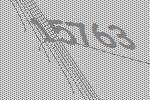
15763